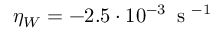
\eta _ { W } = - 2 . 5 \cdot 1 0 ^ { - 3 } \, \mathrm { ~ s ~ } ^ { - 1 }